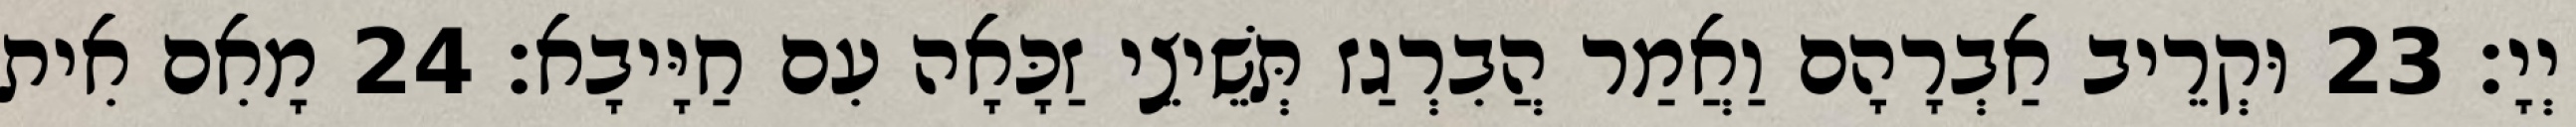
יְיָ׃ 23 וּקְרֵיב אַבְרָהָם וַאֲמַר הֲבִרְגַז תְּשֵׁיצֵי זַכָּאָה עִם חַיָּיבָא׃ 24 מָאִם אִית